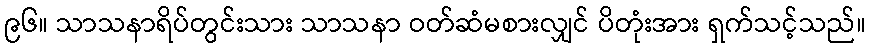
၉၆။ သာသနာရိပ်တွင်းသား သာသနာ ဝတ်ဆံမစားလျှင် ပိတုံးအား ရှက်သင့်သည်။